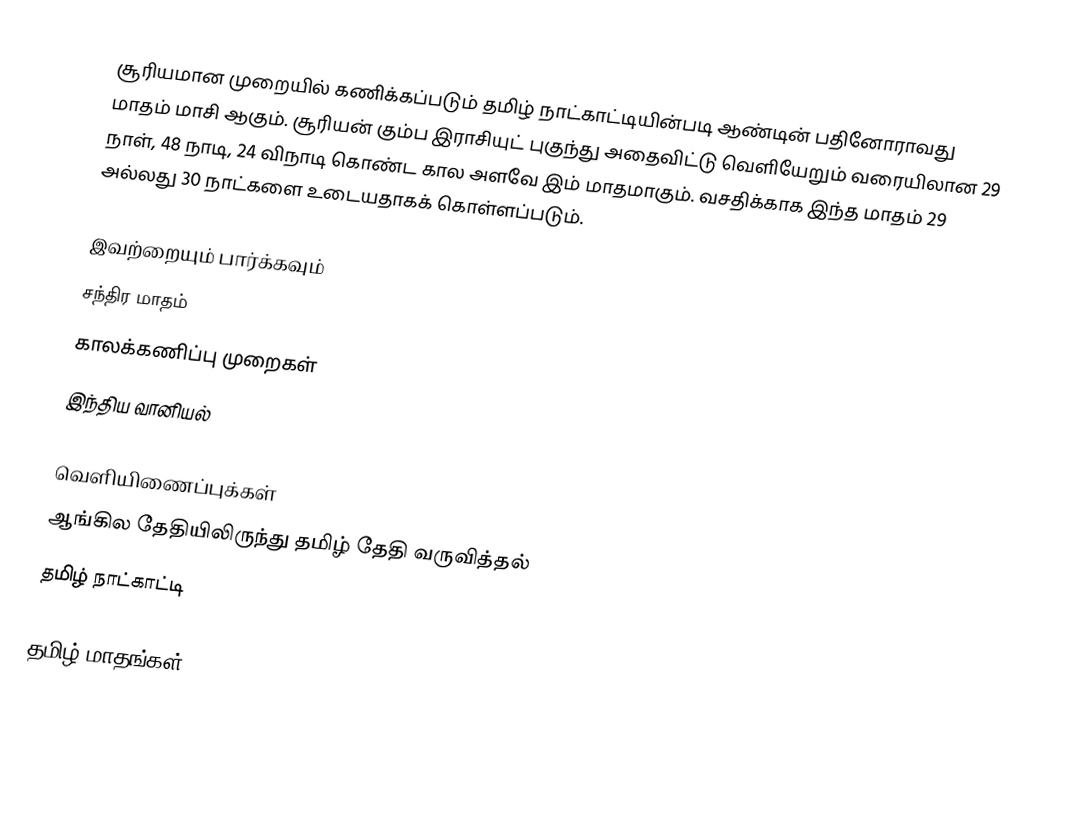
சூரியமான முறையில் கணிக்கப்படும் தமிழ் நாட்காட்டியின்படி ஆண்டின் பதினோராவது மாதம் மாசி ஆகும். சூரியன் கும்ப இராசியுட் புகுந்து அதைவிட்டு வெளியேறும் வரையிலான 29 நாள், 48 நாடி, 24 விநாடி கொண்ட கால அளவே இம் மாதமாகும். வசதிக்காக இந்த மாதம் 29 அல்லது 30 நாட்களை உடையதாகக் கொள்ளப்படும்.

இவற்றையும் பார்க்கவும்
 சந்திர மாதம்
 காலக்கணிப்பு முறைகள்
 இந்திய வானியல்

வெளியிணைப்புக்கள்
ஆங்கில தேதியிலிருந்து தமிழ் தேதி வருவித்தல்
தமிழ் நாட்காட்டி

தமிழ் மாதங்கள்